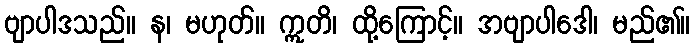
ဗျာပါဒသည်။ န၊ မဟုတ်။ ဣတိ၊ ထို့ကြောင့်။ အဗျာပါဒေါ၊ မည်၏။